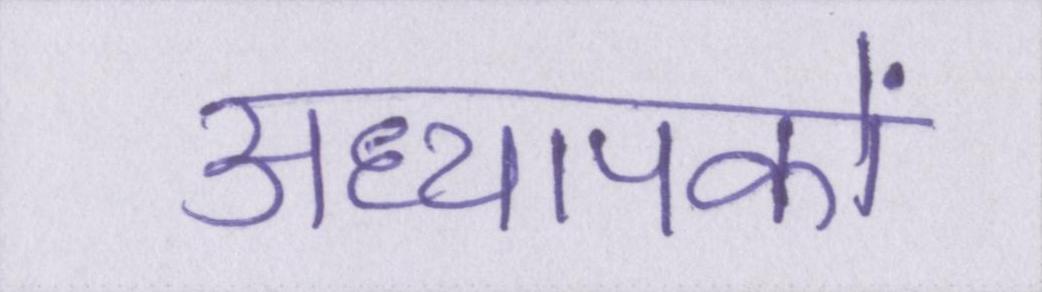
अध्यापकों